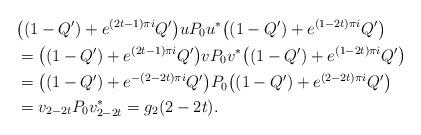
LaTeX: \begin{align*} & \big( (1-Q')+ e^{(2t-1)\pi i}Q'\big) u P_0 u^* \big((1-Q')+ e^{(1-2t)\pi i}Q' \big) \\ & = \big((1-Q')+ e^{(2t-1)\pi i}Q' \big) v P_0 v^* \big((1-Q')+ e^{(1-2t)\pi i}Q' \big) \\ & = \big((1-Q')+ e^{-(2-2t)\pi i} Q' \big) P_0 \big((1-Q')+ e^{(2-2t)\pi i}Q' \big) \\ & = v_{2-2t}P_0 v_{2-2t}^* = g_2(2-2t). \end{align*}